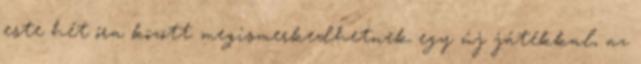
este hét óra között megismerkedhetnek egy új játékkal, az